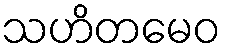
သဟိတမေဝ